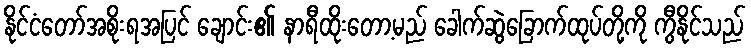
နိုင်ငံတော်အစိုးရအပြင် ချောင်း၏ နာရီထိုးတော့မည် ခေါက်ဆွဲခြောက်ထုပ်တို့ကို ကွီနိုင်သည်